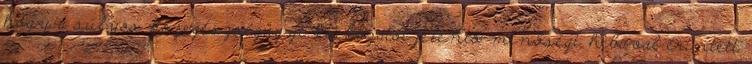
hogy a súlyos közegészségügyi kockázatot jelentő minőségi hibával érintett